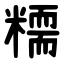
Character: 糥